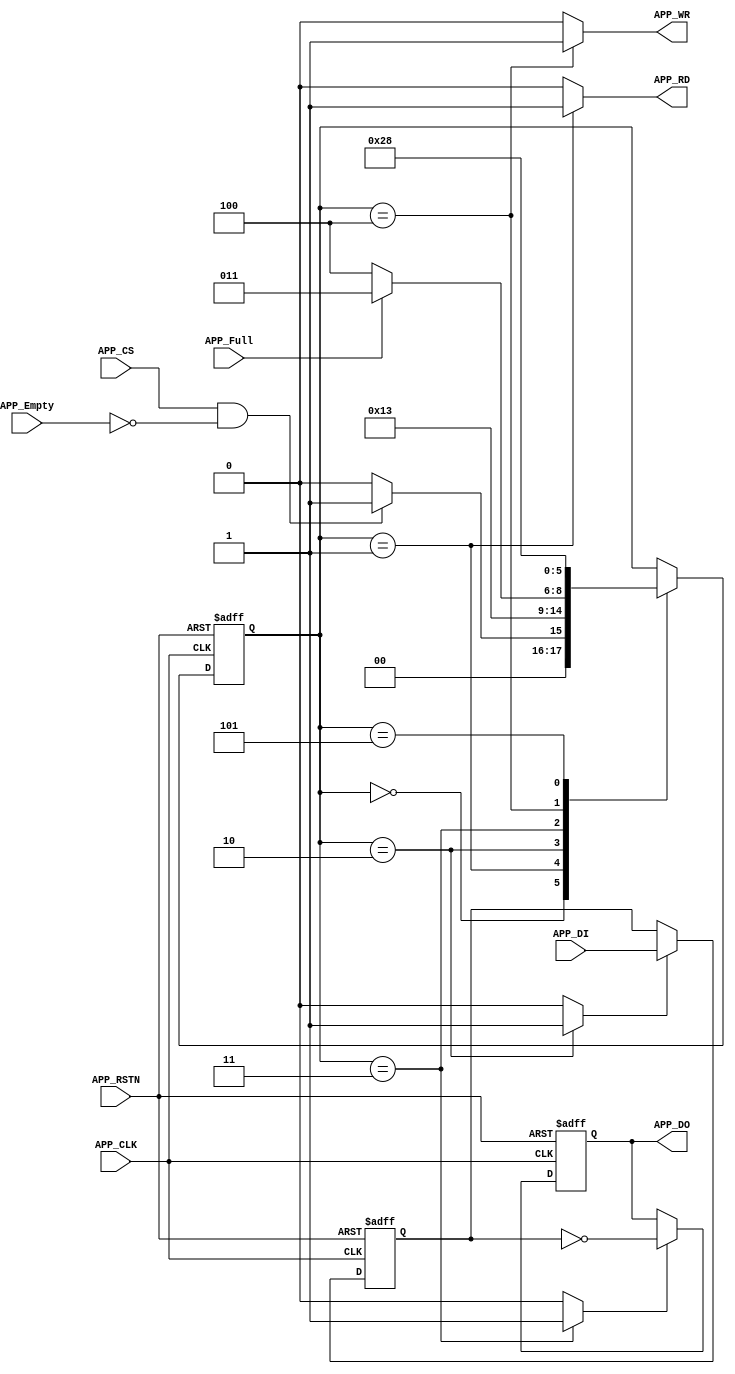

module APP_Example(
  input                APP_CLK,
  input                APP_RSTN,
  input                APP_CS,

  output reg           APP_RD,
  input         [15:0] APP_DI,
  input                APP_Empty,

  output reg           APP_WR,
  output        [15:0] APP_DO,
  input                APP_Full);

  reg           [15:0] app_di_q, app_di_d;
  reg           [15:0] app_do_q, app_do_d;
  reg           [2:0]  cur_state, nxt_state;

  reg                  LATCH_READ_DATA;
  reg                  LATCH_WRITE_DATA;

  assign APP_DO = app_do_q;

  always@*
  begin
    app_di_d = (LATCH_READ_DATA) ? APP_DI : app_di_q;
    app_do_d = (LATCH_WRITE_DATA) ? ~app_di_q : app_do_q;
  end

  always@*
  begin : FSM
    parameter s0 = 3'd0;
    parameter s1 = 3'd1;
    parameter s2 = 3'd2;
    parameter s3 = 3'd3;
    parameter s4 = 3'd4;
    parameter s5 = 3'd5;

    nxt_state = cur_state;

    APP_RD = 1'b0;
    APP_WR = 1'b0;
    LATCH_READ_DATA = 1'b0;
    LATCH_WRITE_DATA = 1'b0;

    case(cur_state)
      s0 : begin
        nxt_state = (APP_CS & ~APP_Empty) ? s1 : s0;
      end
      s1 : begin
        APP_RD = 1'b1;
        nxt_state = s2;
      end
      s2 : begin
        LATCH_READ_DATA = 1'b1;
        nxt_state = s3;
      end
      s3 : begin
        LATCH_WRITE_DATA = 1'b1;
        nxt_state = (APP_Full) ? s3 : s4;
      end
      s4 : begin
        APP_WR = 1'b1;
        nxt_state = s5;
      end
      s5 : begin
        nxt_state = s0;
      end
    endcase
  end

  always@(posedge APP_CLK, negedge APP_RSTN)
  begin
    if(~APP_RSTN) begin
      app_di_q <= 16'd0;
      app_do_q <= 16'd0;
      cur_state <= 3'd0;
    end
    else begin
      app_di_q <= app_di_d;
      app_do_q <= app_do_d;
      cur_state <= nxt_state;
    end
  end
endmodule